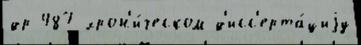
др 487 хрон'и́ческом д'исс'ерта́циjу